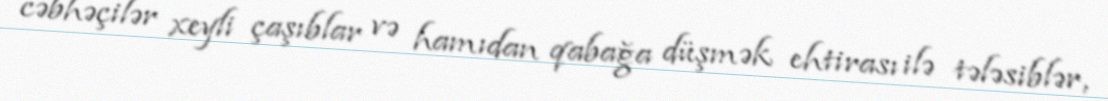
cəbhəçilər xeyli çaşıblar və hamıdan qabağa düşmək ehtirası ilə tələsiblər,